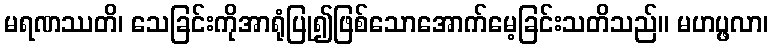
မရဏဿတိ၊ သေခြင်းကိုအာရုံပြု၍ဖြစ်သောအောက်မေ့ခြင်းသတိသည်။ မဟပ္ဖလာ၊